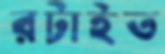
রটাইত